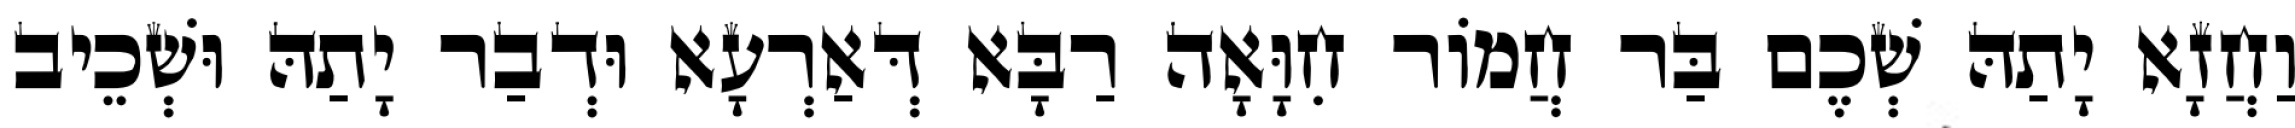
וַחֲזָא יָתַהּ שְׁכֶם בַּר חֲמוֹר חִוָּאָה רַבָּא דְּאַרְעָא וּדְבַר יָתַהּ וּשְׁכֵיב